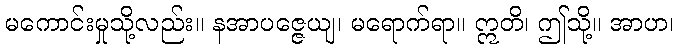
မကောင်းမှုသို့လည်း။ နအာပဇ္ဇေယျ၊ မရောက်ရာ။ ဣတိ၊ ဤသို့။ အာဟ၊